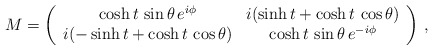
\begin{align*}M= \left( \begin{array}{cc}\cosh t \, \sin \theta \, e^{i\phi} & i ( \sinh t + \cosh t \, \cos \theta) \\i ( -\sinh t + \cosh t \, \cos \theta) & \cosh t \, \sin \theta \, e^{-i \phi}\end{array} \right) \, ,\end{align*}